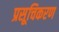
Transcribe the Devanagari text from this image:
प्रसूचिकरण